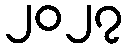
၂၀၂၇